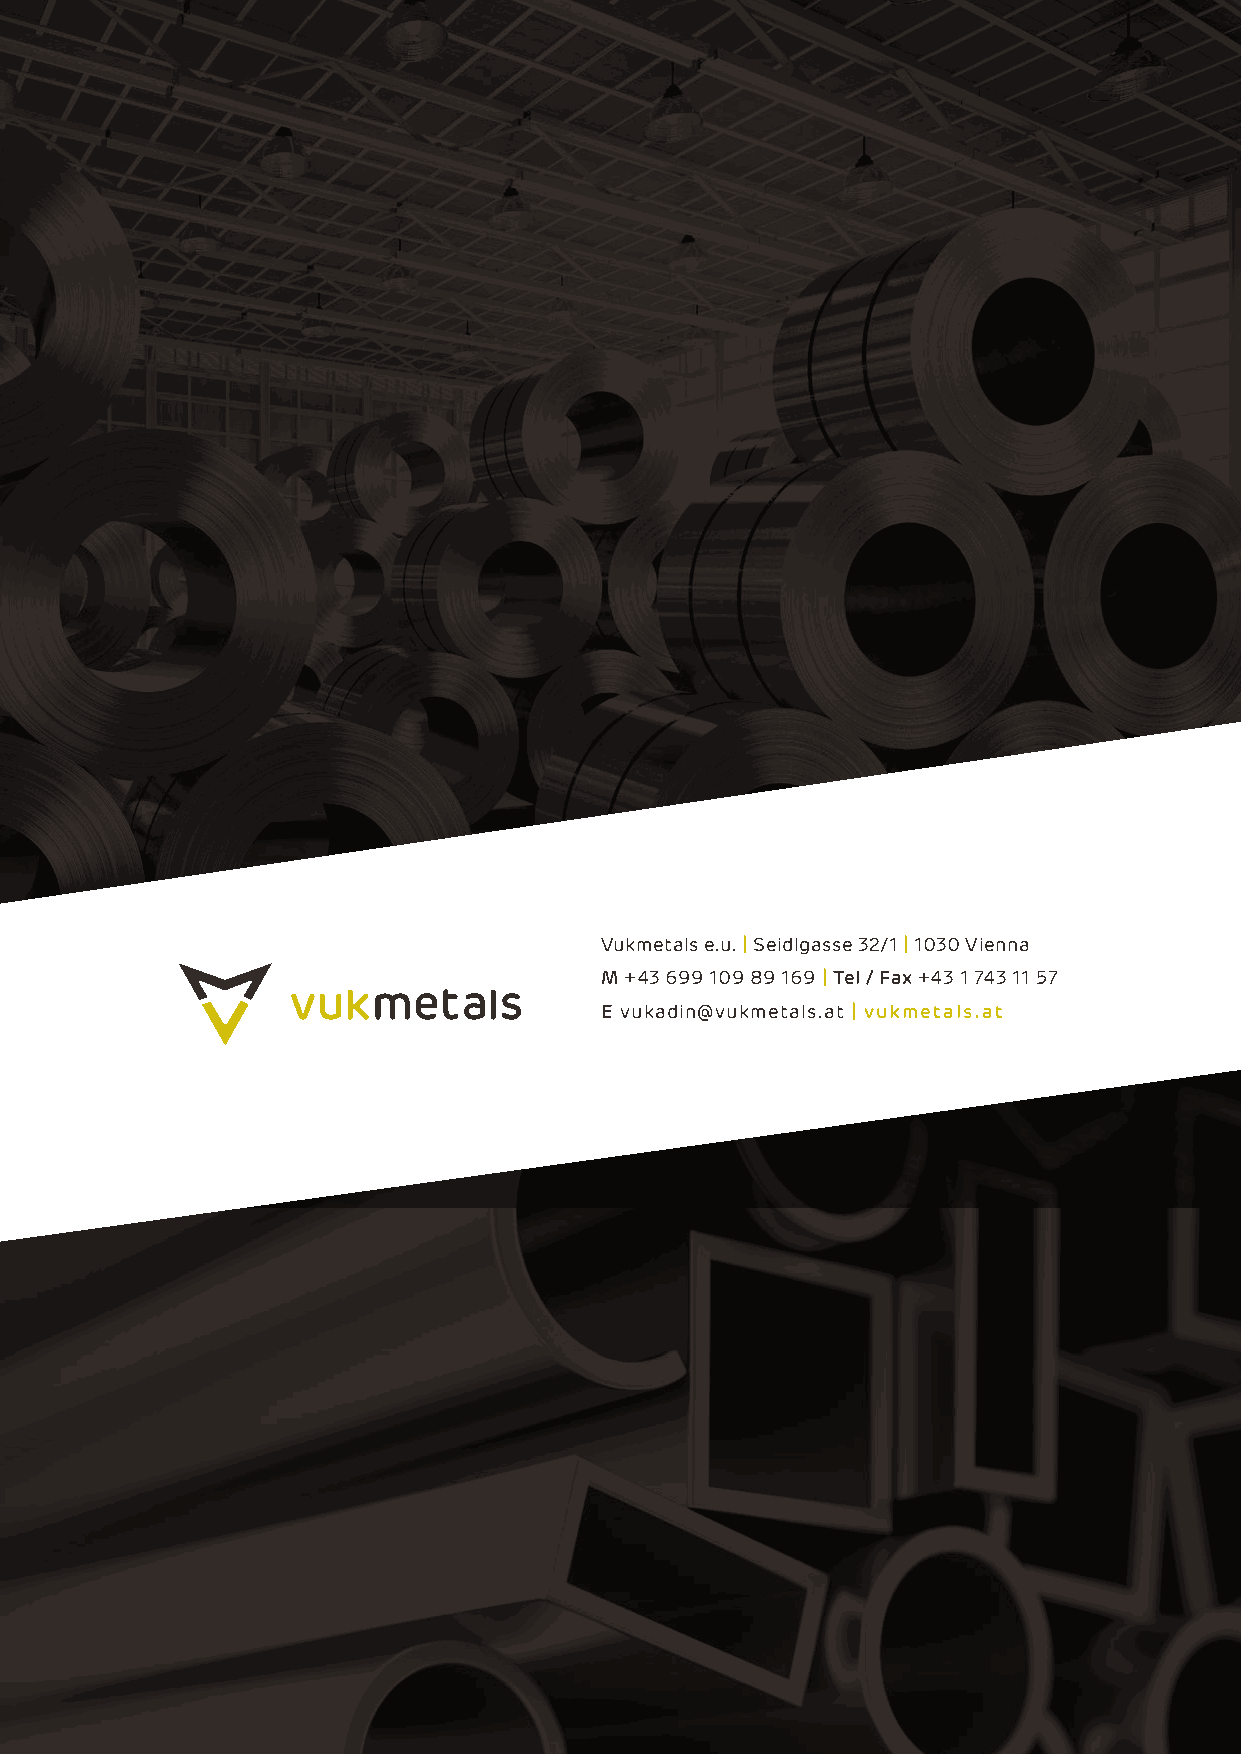
Vukmetals e.u. | Seidlgasse 32/1 | 1030 Vienna
 M +43 699 109 89 169 | Tel / fax +43 1 743 11 57
 E vukadin@vukmetals.at | vukmetals.at